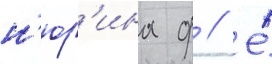
н'юр'ина ф // Е́